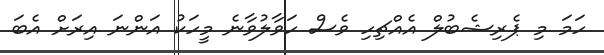
ހަމަ މި ޕެރިޝެބުލް އެއްޗިހި ވެސް ހަވާލުވާނެ މީހަކު އަންނަ އިރަށް އެބަ